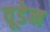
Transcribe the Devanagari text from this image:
वूडेन